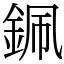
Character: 𨦨